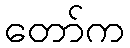
တော်က